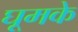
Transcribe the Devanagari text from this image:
घूमके